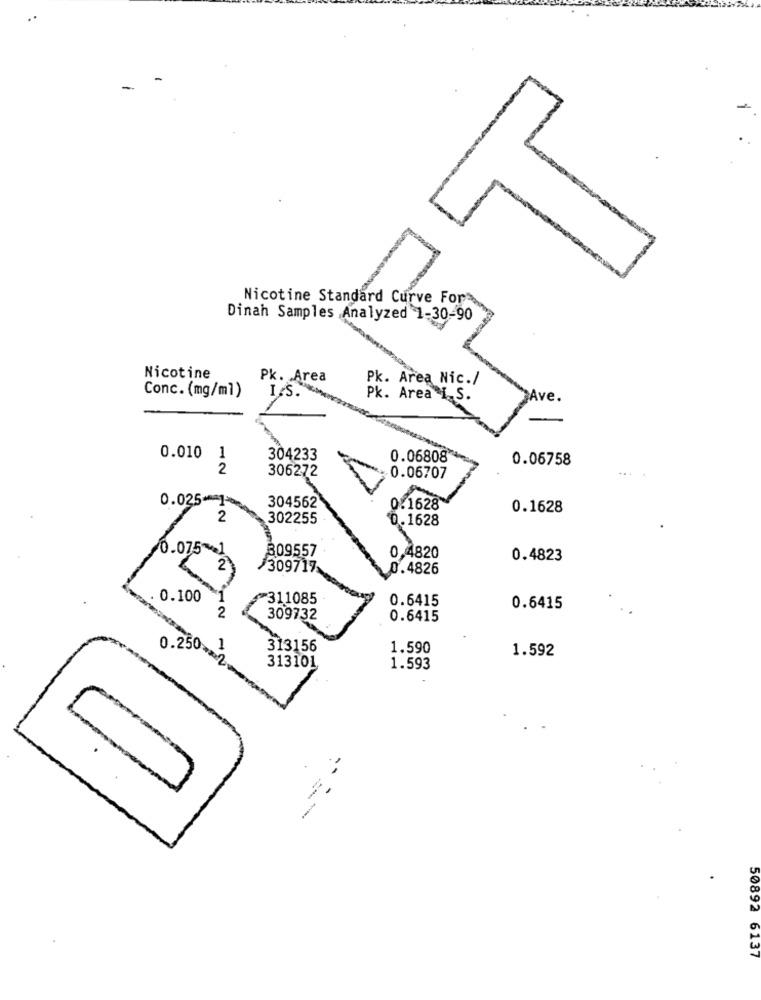
-
Nicotine Standard Curve For
Dinah Samples ,Analyzed 1-30-90
Nicotine
Pk. Area
Pk. Area Nic./
Conc. (mg/ml)
I.S.
Pk. Area I S.
ve.
0.010
304233
0.06808
0.06758
2
306272
0.06707
0.025-1
304562
0.1628
0.1628
2
302255
0.1628
0.075~1
309557
0,4820
0.4823
2
309717
.4826
0.100
311085
0.6415
2
0.6415
309732
0.6415
0.250, 1
313156
1.590
1.592
313101
1.593
-
50892 6137